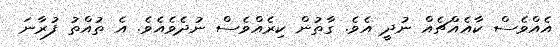
އެއްވެސް ކާއެއްޗެއް ނުދީ އެވެ. ގާތުން ކިރެއްވެސް ނުދެވެއެވެ. އެ ތުއްތު ފުރާނަ